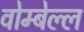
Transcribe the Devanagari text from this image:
वोम्बेल्ल